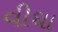
વીઘા